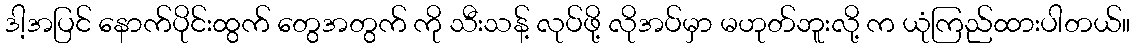
ဒါ့အပြင် နောက်ပိုင်းထွက် တွေအတွက် ကို သီးသန့် လုပ်ဖို့ လိုအပ်မှာ မဟုတ်ဘူးလို့ က ယုံကြည်ထားပါတယ်။